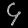
Digit: ၄